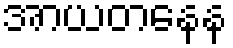
အာယတနေန